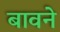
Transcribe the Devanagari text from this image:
बावने